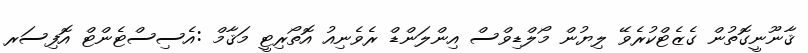
ޤާނޫނީގޮތުން ގެޒެޓްކުރެވޭ ލިޔުން މޯލްޑިވްސް އިންލަންޑް ރެވެނިއު އޮތޯރިޓީ މަޤާމް :އެސިސްޓެންޓް އޮފިސަރ